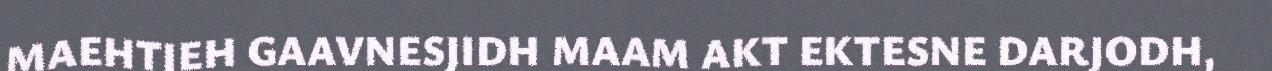
MAEHTIEH GAAVNESJIDH MAAM AKT EKTESNE DARJODH,